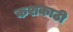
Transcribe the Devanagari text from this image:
कशकाठी